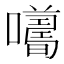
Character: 𡃮